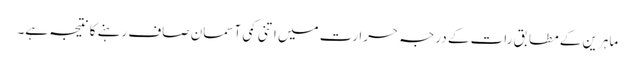
ماہرین کے مطابق رات کے درجہ حرارت میں اتنی کمی آسمان صاف رہنے کا نتیجہ ہے۔